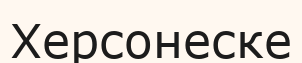
Херсонеске